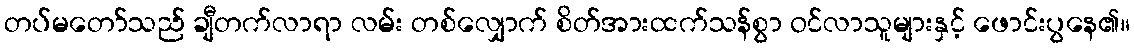
တပ်မတော်သည် ချီတက်လာရာ လမ်း တစ်လျှောက် စိတ်အားထက်သန်စွာ ဝင်လာသူများနှင့် ဖောင်းပွနေ၏။